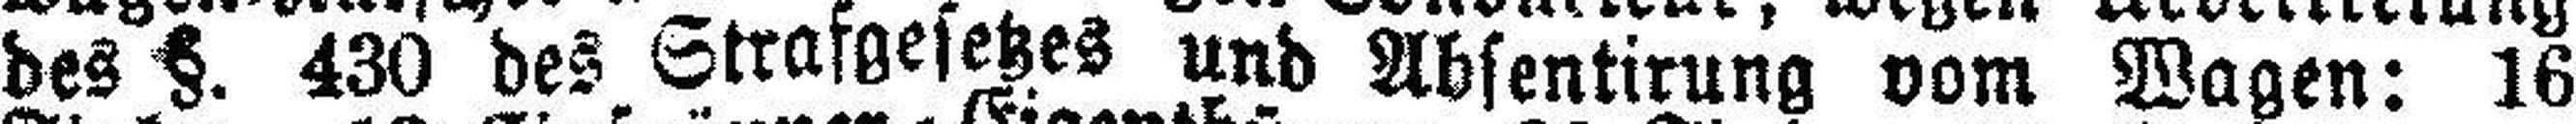
des §. 430 des Strafgesetzes und Absentirung vom Wagen: 16